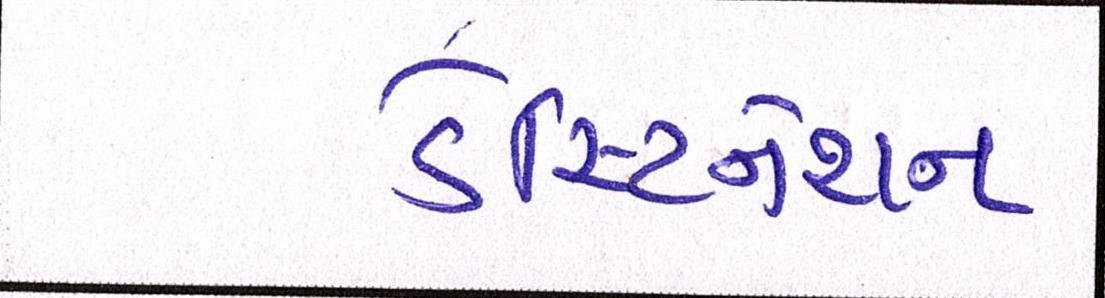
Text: ડેસ્ટિનેશન